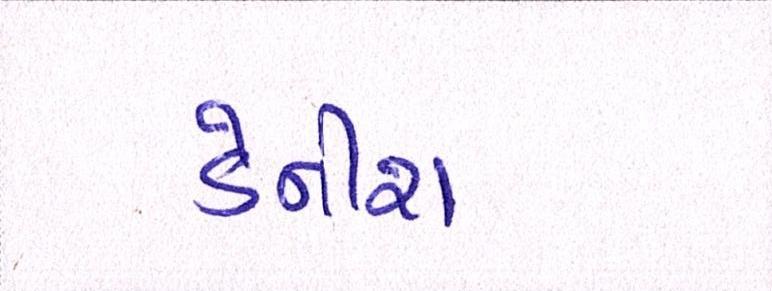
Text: ડેનીશ